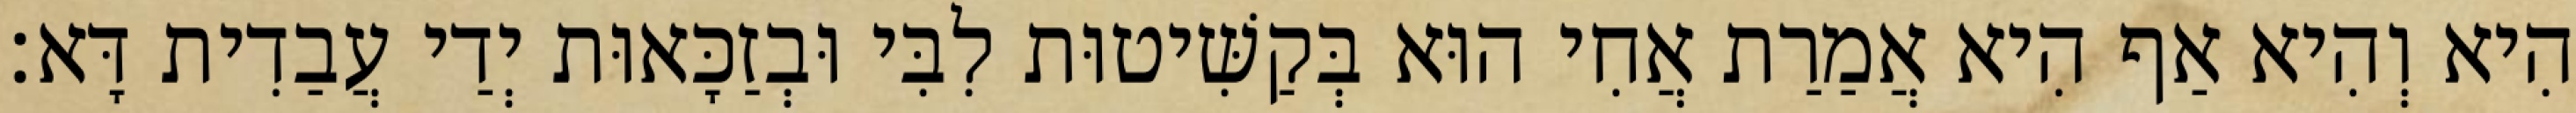
הִיא וְהִיא אַף הִיא אֲמַרַת אֲחִי הוּא בְּקַשִּׁיטוּת לִבִּי וּבְזַכָּאוּת יְדַי עֲבַדִית דָּא׃